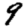
Digit: 9